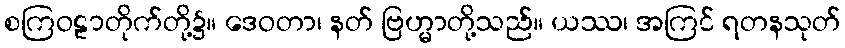
စကြဝဠာတိုက်တို့၌။ ဒေဝတာ၊ နတ် ဗြဟ္မာတို့သည်။ ယဿ၊ အကြင် ရတနသုတ်